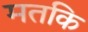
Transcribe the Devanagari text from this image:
मतकि